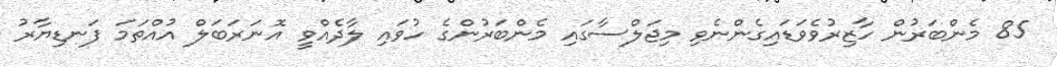
85 މެންބަރުން ހާޒިރުވެވަޑައިގެންނެވި މިޖަލްސާގައި މެންބަރުންގެެ ހުވައި ލާދެއްވީ އޮނަރަބަލް އުއްތަމަ ފަނޑިޔާރު